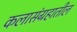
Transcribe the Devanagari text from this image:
कलासंग्रहातील